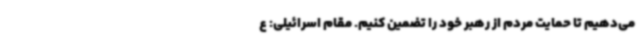
می‌دهیم تا حمایت مردم از رهبر خود را تضمین کنیم. مقام اسرائیلی: ع